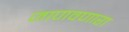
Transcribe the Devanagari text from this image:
जाणवणारा